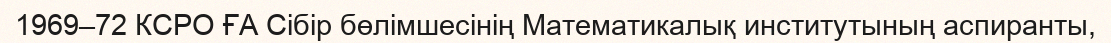
1969–72 КСРО ҒА Сібір бөлімшесінің Математикалық институтының аспиранты,